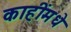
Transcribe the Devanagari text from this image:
काहींमधे